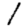
Digit: 1